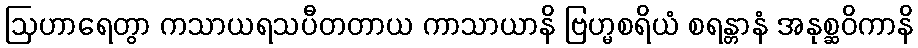
ဩဟာရေတွာ ကသာယရသပီတတာယ ကာသာယာနိ ဗြဟ္မစရိယံ စရန္တာနံ အနုစ္ဆဝိကာနိ